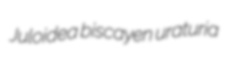
Juloidea biscayen uraturia